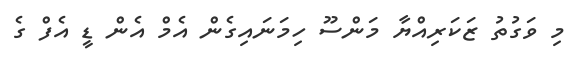
މި ވަގުތު ޒަކަރިއްޔާ މަންސޫ ހިމަނައިގެން އެމް އެން ޑީ އެފް ގެ